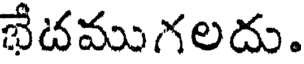
భేదముగలదు.